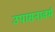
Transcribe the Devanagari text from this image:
उपासनावर्म